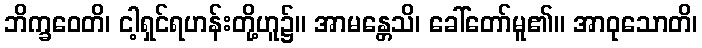
ဘိက္ခဝေတိ၊ ငါ့ရှင်ရဟန်းတို့ဟူ၌။ အာမန္တေသိ၊ ခေါ်တော်မူ၏။ အာဝုသောတိ၊